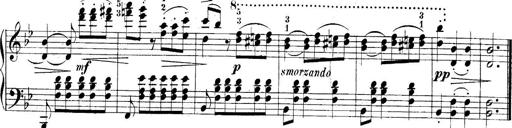
Title: 10 Sonatines progressives
Composer: Anton Schmoll